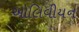
ઓલિવીયન